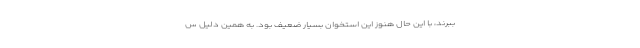
ببرند، با این حال هنوز این استخوان بسیار ضعیف بود. به همین دلیل س